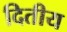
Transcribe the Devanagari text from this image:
दितीय